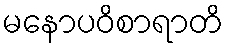
မနောပဝိစာရာတိ